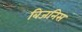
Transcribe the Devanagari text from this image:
बिजनिस